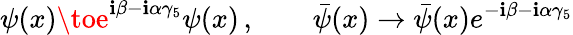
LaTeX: \psi(x)\toe^{\mathbf{i}\beta-\mathbf{i}\alpha\gamma_{5}}\psi(x)\, ,\qquad\bar{{\psi}}(x)\to\bar{{\psi}}(x)e^{-\mathbf{i}\beta-\mathbf{i}\alpha\gamma_{5}}